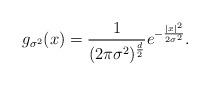
LaTeX: \begin{align*}g_{\sigma^2}(x)= \frac{1}{(2\pi \sigma^2)^{\frac{d}{2}}} e^{-\frac{|x|^2}{2\sigma^2}} .\end{align*}